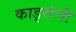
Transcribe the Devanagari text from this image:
कार्ड्सची